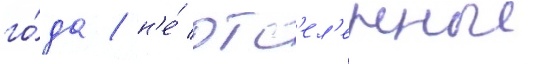
го́да / н'е́ отс'ел'енные